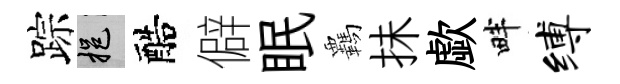
踪挹醅僻眠覊抺歔畔缚